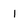
Character: 1